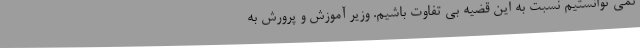
نمی توانستیم نسبت به این قضیه بی تفاوت باشیم. وزیر آموزش و پرورش به